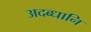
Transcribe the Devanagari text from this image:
अदब्धानि